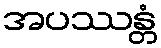
အပဿန္တံ